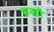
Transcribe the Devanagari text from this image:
रूखो